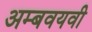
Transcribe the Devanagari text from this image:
अम्बवयवी